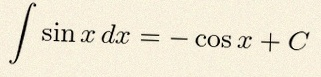
\int \sin x\,dx=-\cos x+C